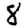
Digit: 8